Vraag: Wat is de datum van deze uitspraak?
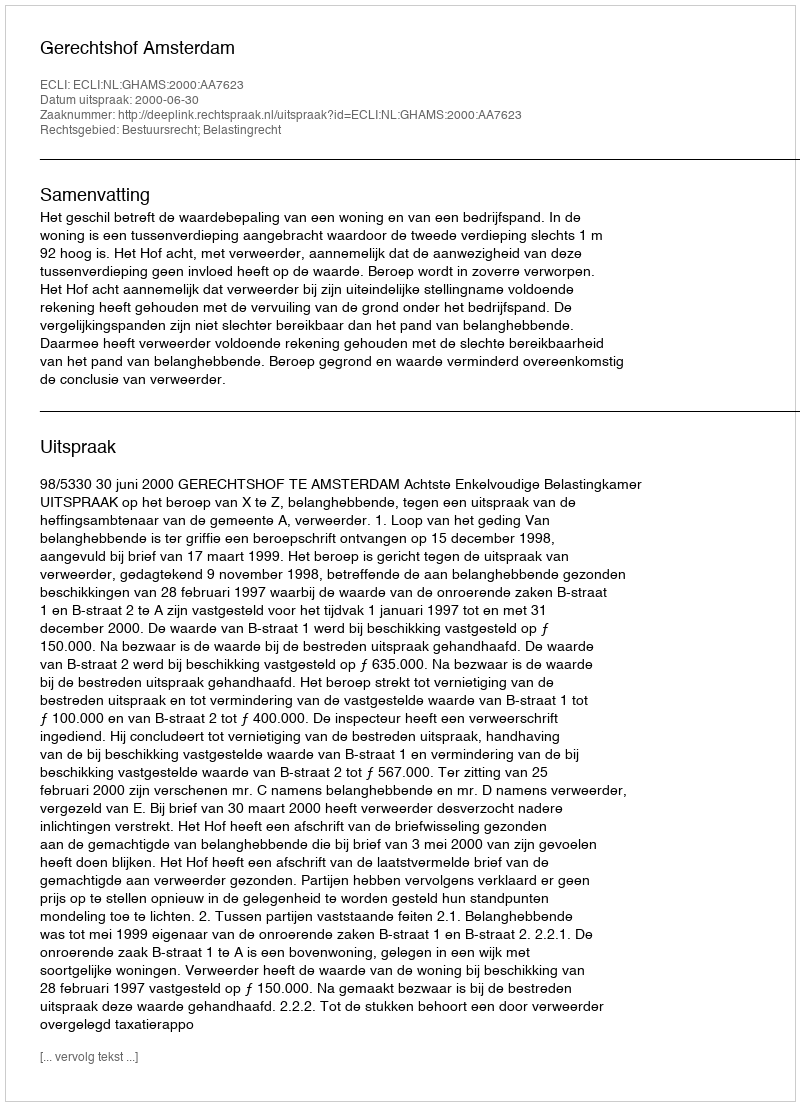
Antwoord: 2000-06-30